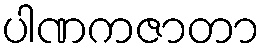
ပါဏကဇာတာ